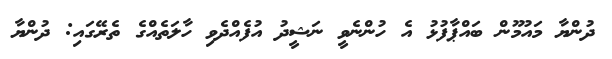
ދުންޔާ މައުމޫން ބައްޕާފުޅު އެ ހުންނެވީ ނަޝީދު އުފެއްދެވި ހާލަތެއްގެ ތެރޭގައި: ދުންޔާ